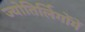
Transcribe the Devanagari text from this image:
ज्योतिर्लिगोंमें